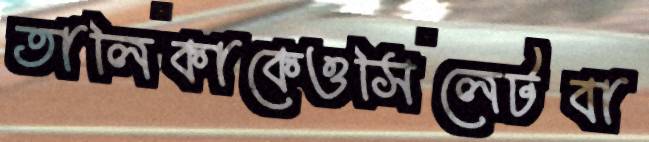
তালিকাকেওসিলেটবা